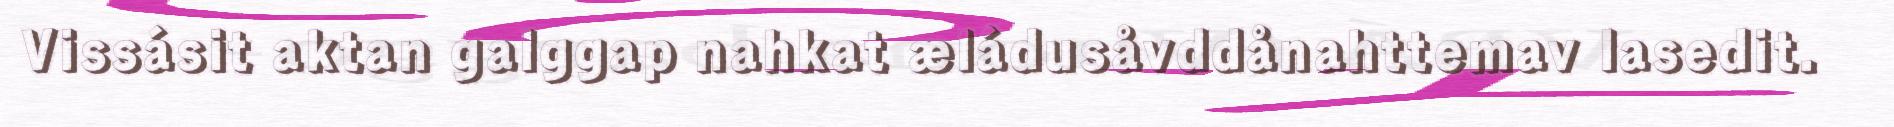
Vissásit aktan galggap nahkat æládusåvddånahttemav lasedit.